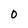
Character: 0